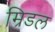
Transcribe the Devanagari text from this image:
म्रिडल